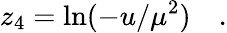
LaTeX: z_{4}=\ln(-u/\mu^{2})\quad.